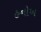
હનોખ